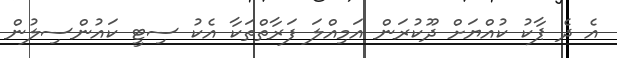
އެ ދެ ޕާކު ކުއްޔަށް ދޫކުރަން އަމިއްލަ ފަރާތްތަކާ އެކު ސިޓީ ކައުންސިލުން